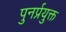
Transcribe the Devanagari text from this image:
पुनर्प्रयुक्त